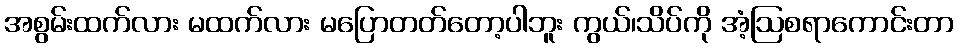
အစွမ်းထက်လား မထက်လား မပြောတတ်တော့ပါဘူး ကွယ်၊သိပ်ကို အံ့ဩစရာကောင်းတာ